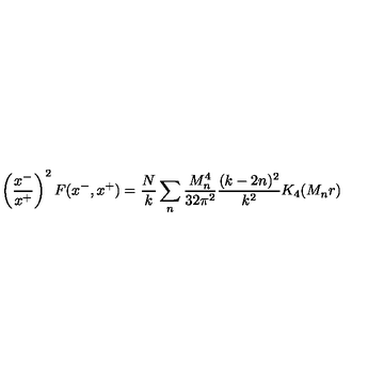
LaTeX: \left( { \frac { x ^ { - } } { x ^ { + } } } \right) ^ { 2 } F ( x ^ { - } , x ^ { + } ) = { \frac { N } { k } } \sum _ { n } { \frac { M _ { n } ^ { 4 } } { 3 2 \pi ^ { 2 } } } { \frac { ( k - 2 n ) ^ { 2 } } { k ^ { 2 } } } K _ { 4 } ( M _ { n } r )